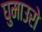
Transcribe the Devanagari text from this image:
घुमाउरो